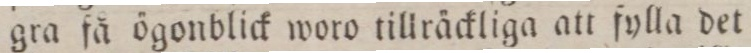
gra få ögonblick woro tillräckliga att fylla det